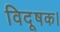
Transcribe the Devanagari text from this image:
विदूषक।